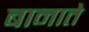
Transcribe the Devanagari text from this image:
बानाते